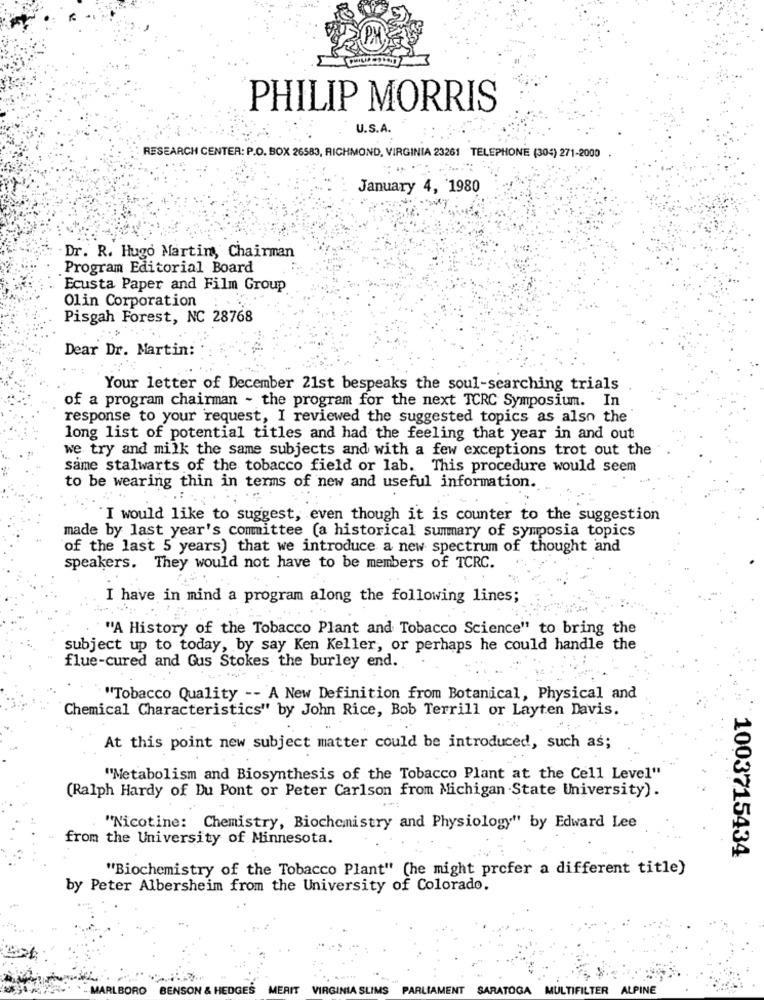
PHILIP MORRIS
U.S.A.
RESEARCH CENTER: P.O. BOX 26583, RICHMOND, VIRGINIA 23261 TELEPHONE (304) 271-2000
January 4, 1980
Dr. R. Hugo Martin, Chairman
Program Editorial Board
Ecusta Paper and Film Group
Olin Corporation
Pisgah Forest, NC 28768
Dear Dr. Martin:
Your letter of December 21st bespeaks the soul-searching trials
of a program chairman - the program for the next TCRC Symposium. In
response to your request, I reviewed the suggested topics as alsn the
long list of potential titles and had the feeling that year in and out
we try and milk the same subjects and with a few exceptions trot out the
same stalwarts of the tobacco field or lab. This procedure would seem
to be wearing thin in terms of new and useful information.
I would like to suggest, even though it is counter to the suggestion
made by last year's committee (a historical summary of symposia topics
of the last 5 years) that we introduce a new spectrum of thought and
speakers. They would not have to be members of TCRC.
I have in mind a program along the following lines;
"A History of the Tobacco Plant and Tobacco Science" to bring the
subject up to today, by say Ken Keller, or perhaps he could handle the
flue-cured and Gus Stokes the burley end.
"Tobacco Quality -- A New Definition from Botanical, Physical and
Chemical Characteristics" by John Rice, Bob Terrill or Layten Davis.
At this point new subject matter could be introduced, such as;
"Metabolism and Biosynthesis of the Tobacco Plant at the Cell Level"
(Ralph Hardy of Du Pont or Peter Carlson from Michigan State University).
...
"Nicotine: Chemistry, Biochemistry and Physiology" by Edward Lee
from the University of Minnesota.
1003715434
"Biochemistry of the Tobacco Plant" (he might prefer a different title)
by Peter Albersheim from the University of Colorado.
- MARLBORO BENSON & HEDGES MERIT
VIRGINIA SLIMS PARLIAMENT SARATOGA MULTIFILTER ALPINE